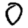
Digit: 0